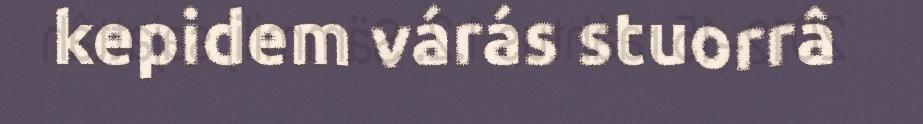
kepidem várás stuorrâ